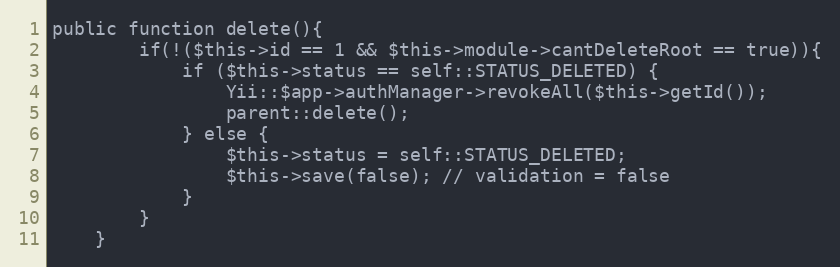
Language: PHP
public function delete(){
        if(!($this->id == 1 && $this->module->cantDeleteRoot == true)){
            if ($this->status == self::STATUS_DELETED) {
                Yii::$app->authManager->revokeAll($this->getId());
                parent::delete();
            } else {
                $this->status = self::STATUS_DELETED;
                $this->save(false); // validation = false
            }
        }
    }